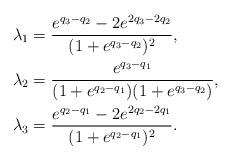
LaTeX: \begin{align*}\begin{aligned}&\lambda_1=\frac{e^{q_3-q_2}-2e^{2q_3-2q_2}}{(1+e^{q_3-q_2})^2},\\&\lambda_2=\frac{e^{q_3-q_1}}{(1+e^{q_2-q_1})(1+e^{q_3-q_2})},\\&\lambda_3=\frac{e^{q_2-q_1}-2e^{2q_2-2q_1}}{(1+e^{q_2-q_1})^2}.\end{aligned}\end{align*}